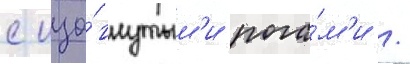
с изо́гнутым'и рога́м'и /